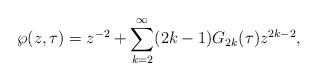
LaTeX: \begin{align*}\wp(z,\tau) = z^{-2} + \sum_{k=2}^\infty (2k-1) G_{2k}(\tau) z^{2k-2},\end{align*}